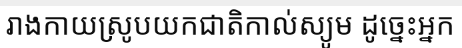
រាងកាយស្រូបយកជាតិកាល់ស្យូម ដូច្នេះអ្នក